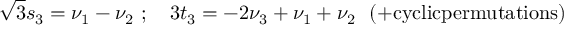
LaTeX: { \sqrt 3 } s _ { 3 } = \nu _ { 1 } - \nu _ { 2 } \ ; \quad 3 t _ { 3 } = - 2 \nu _ { 3 } + \nu _ { 1 } + \nu _ { 2 } \ \ ( + \mathrm { c y c l i c p e r m u t a t i o n s } )